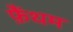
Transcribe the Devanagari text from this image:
फ़ैंथम